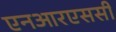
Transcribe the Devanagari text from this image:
एनआरएससी